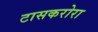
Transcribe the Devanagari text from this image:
टासकरोरा